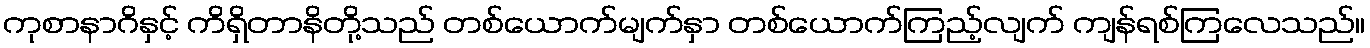
ကုစာနာဂိနှင့် ကိရှိတာနိတို့သည် တစ်ယောက်မျက်နှာ တစ်ယောက်ကြည့်လျက် ကျန်ရစ်ကြလေသည်။